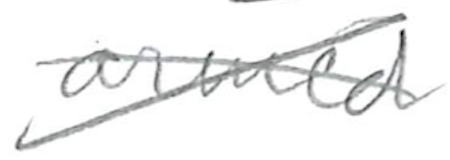
Text: armed
Cross-out: cross
Writing tool: pencil